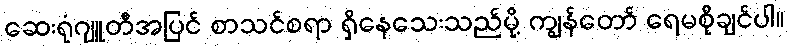
ဆေးရုံဂျူတီအပြင် စာသင်စရာ ရှိနေသေးသည်မို့ ကျွန်တော် ရေမစိုချင်ပါ။